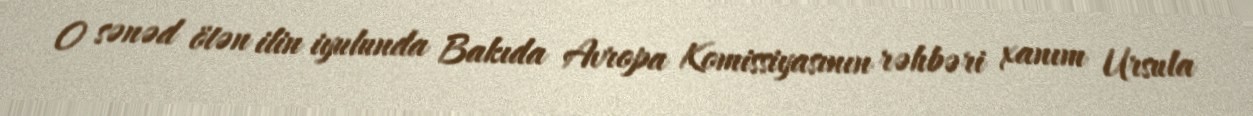
O sənəd ötən ilin iyulunda Bakıda Avropa Komissiyasının rəhbəri xanım Ursula